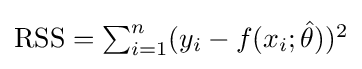
\textstyle \mathrm {RSS} =\sum _{i=1}^{n}(y_{i}-f(x_{i};{\hat {\theta }}))^{2}